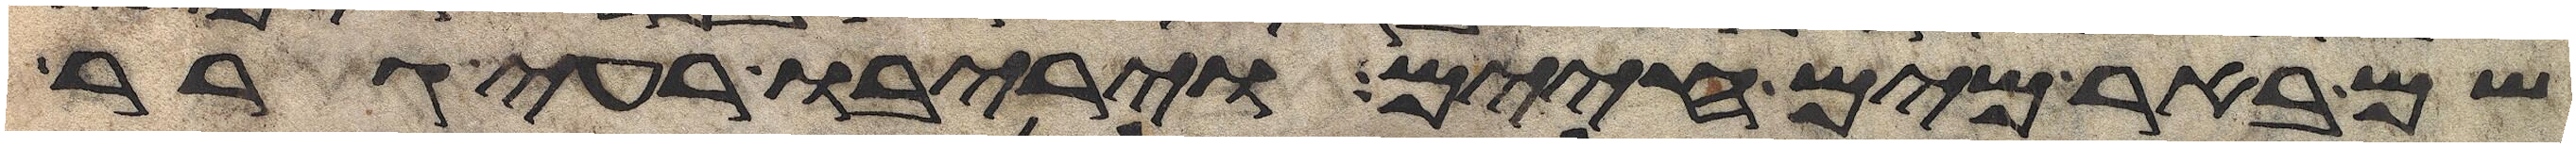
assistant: שם באר מים חיים ויריבו רעי גרר